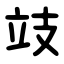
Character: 攱